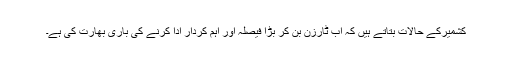
کشمیرکے حالات بتاتے ہیں کہ اب ٹارزن بن کر بڑا فیصلہ اور اہم کردار ادا کرنے کی باری بھارت کی ہے۔